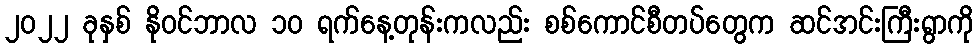
၂၀၂၂ ခုနှစ် နိုဝင်ဘာလ ၁၀ ရက်နေ့တုန်းကလည်း စစ်ကောင်စီတပ်တွေက ဆင်အင်းကြီးရွာကို